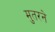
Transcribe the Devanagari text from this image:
मुतरने